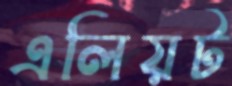
এলিয়ট